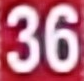
36